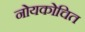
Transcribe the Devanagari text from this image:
नोयकोचित